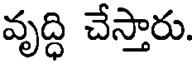
వృద్ధి చేస్తారు.